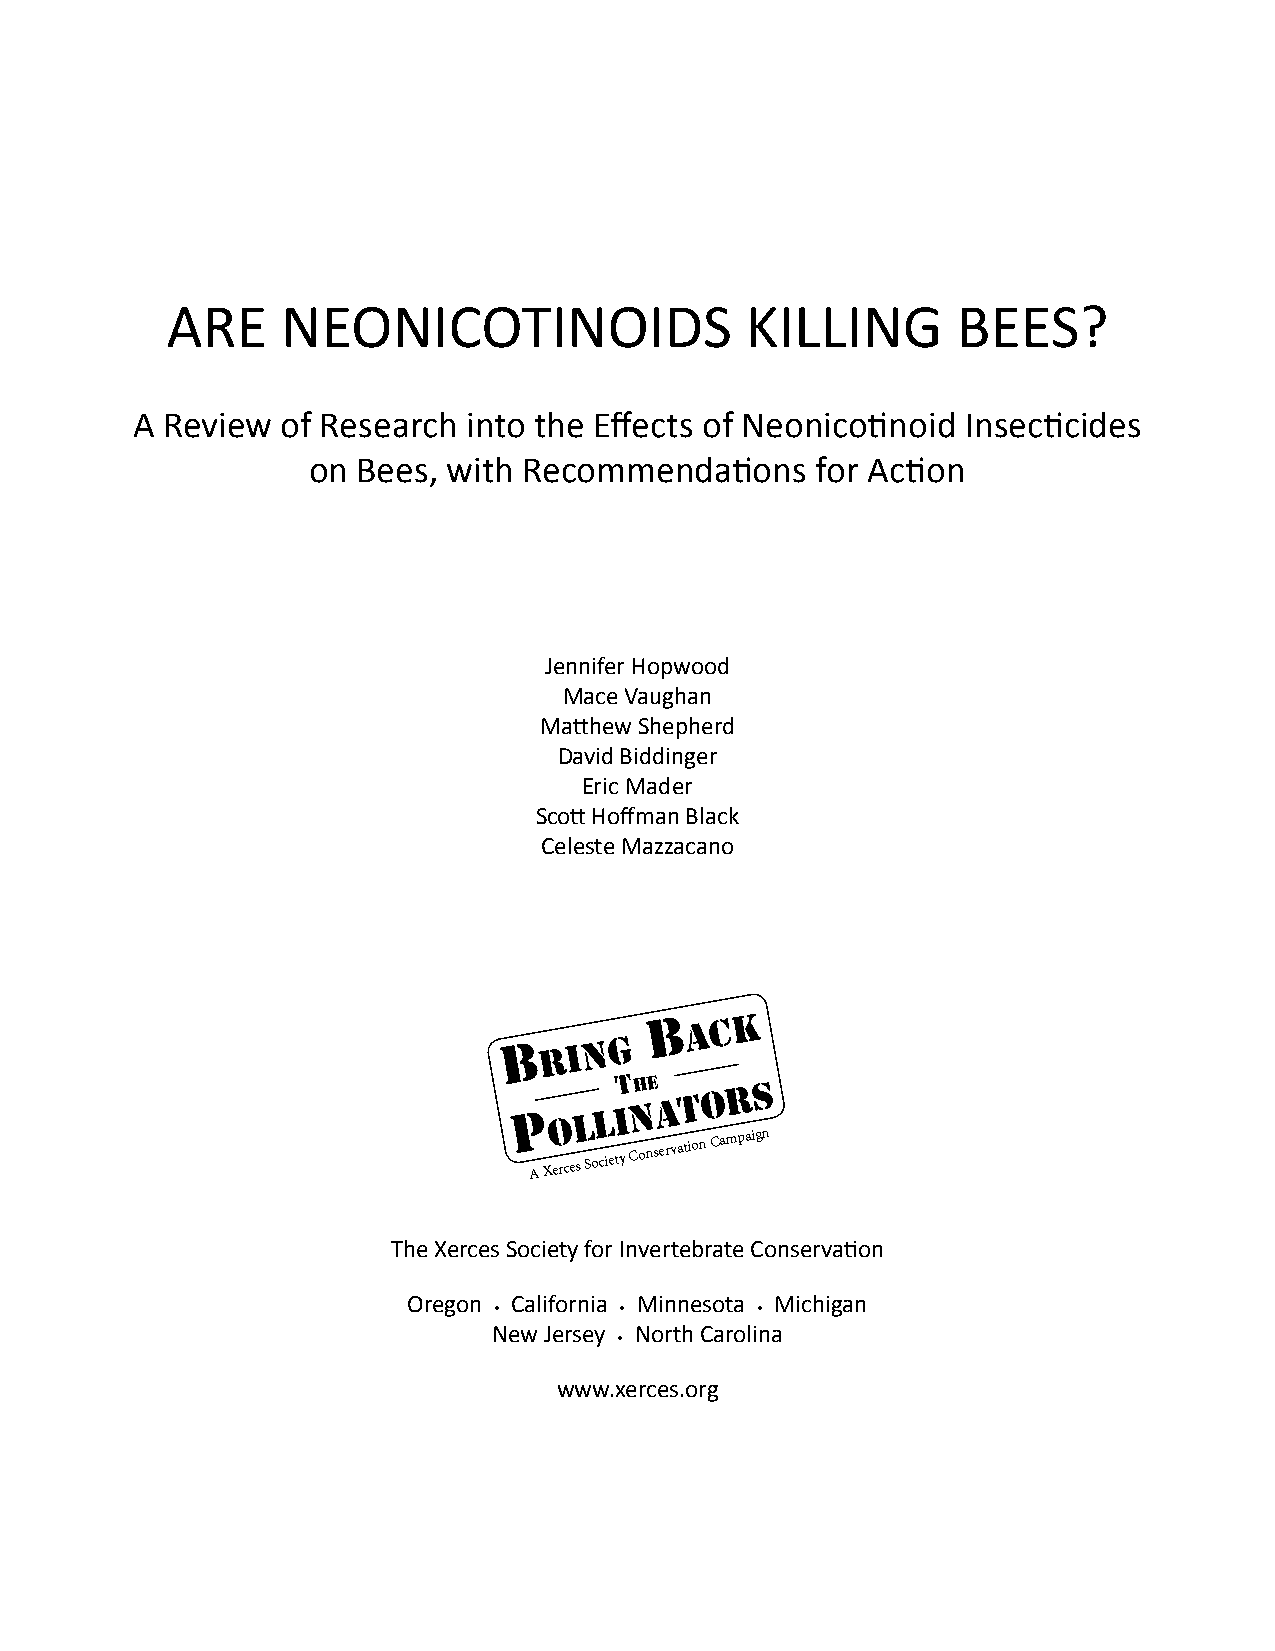
ARE     NEONICOTINOIDS                KILLING       BEES?
 A Review  of Research into the Effects of Neonicotinoid Insecticides
 on  Bees, with Recommendations    for Action
 Jennifer Hopwood
 Mace Vaughan
 Matthew Shepherd
 David Biddinger
 Eric Mader
 Scott Hoffman Black
 Celeste Mazzacano
 B  ack
 B ring
 P
 olliT nhe
 aTors
 A
 Xerces
 Society
 Conservation
 Campaign
 The Xerces Society for Invertebrate Conservation
 Oregon California Minnesota Michigan
 •       •        •
 New Jersey North Carolina
 •
 www.xerces.org